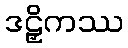
ဒဠှိကဿ